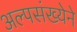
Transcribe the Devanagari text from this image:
अल्पसंख्येने